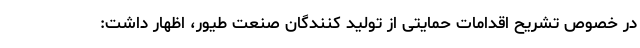
در خصوص تشریح اقدامات حمایتی از تولید کنندگان صنعت طیور، اظهار داشت: